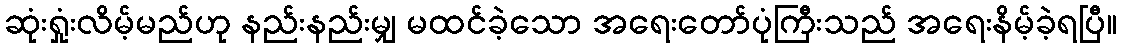
ဆုံးရှုံးလိမ့်မည်ဟု နည်းနည်းမျှ မထင်ခဲ့သော အရေးတော်ပုံကြီးသည် အရေးနိမ့်ခဲ့ရပြီ။